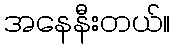
အနေနီးတယ်။